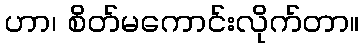
ဟာ၊ စိတ်မကောင်းလိုက်တာ။